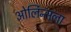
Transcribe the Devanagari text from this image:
ओर्लिन्सला